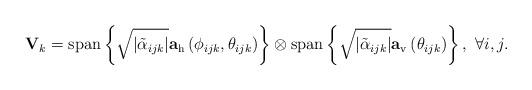
LaTeX: \begin{align*}\mathbf{V}_k = \mathrm{span}\left\lbrace \sqrt{\left|\tilde{\alpha}_{ijk}\right|} \mathbf{a}_\mathrm{h}\left(\phi_{ijk},\theta_{ijk}\right) \right\rbrace \otimes \mathrm{span}\left\lbrace \sqrt{\left|\tilde{\alpha}_{ijk}\right|}\mathbf{a}_\mathrm{v}\left(\theta_{ijk}\right) \right\rbrace, \,\, \forall i,j.\end{align*}